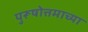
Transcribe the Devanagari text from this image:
पुरूषोत्तमाच्या